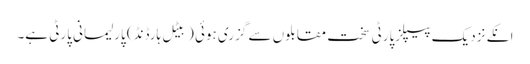
انکے نزدیک پیپلزپارٹی سخت مقابلوں سے گزری ہوئی (بیٹل ہارڈنڈ) پارلیمانی پارٹی ہے۔